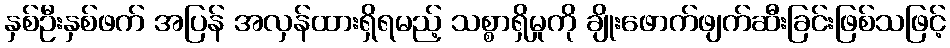
နှစ်ဦးနှစ်ဖက် အပြန် အလှန်ထားရှိရမည့် သစ္စာရှိမှုကို ချိုးဖောက်ဖျက်ဆီးခြင်းဖြစ်သဖြင့်